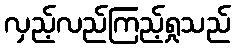
လှည့်လည်ကြည့်ရှုသည်